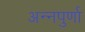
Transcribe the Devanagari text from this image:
अन्‍नपुर्णा